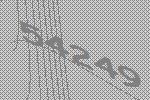
54249